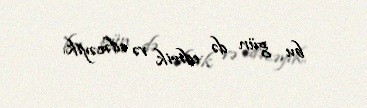
bu gün də edirik və edəcəyik.